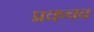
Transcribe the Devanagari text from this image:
प्रकचव